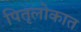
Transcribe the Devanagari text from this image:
पितृलोकात